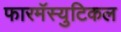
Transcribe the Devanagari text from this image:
फारमॅस्युटिकल